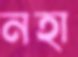
নহা